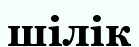
шілік